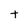
Character: t